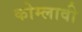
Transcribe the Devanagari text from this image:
कोम्लावी